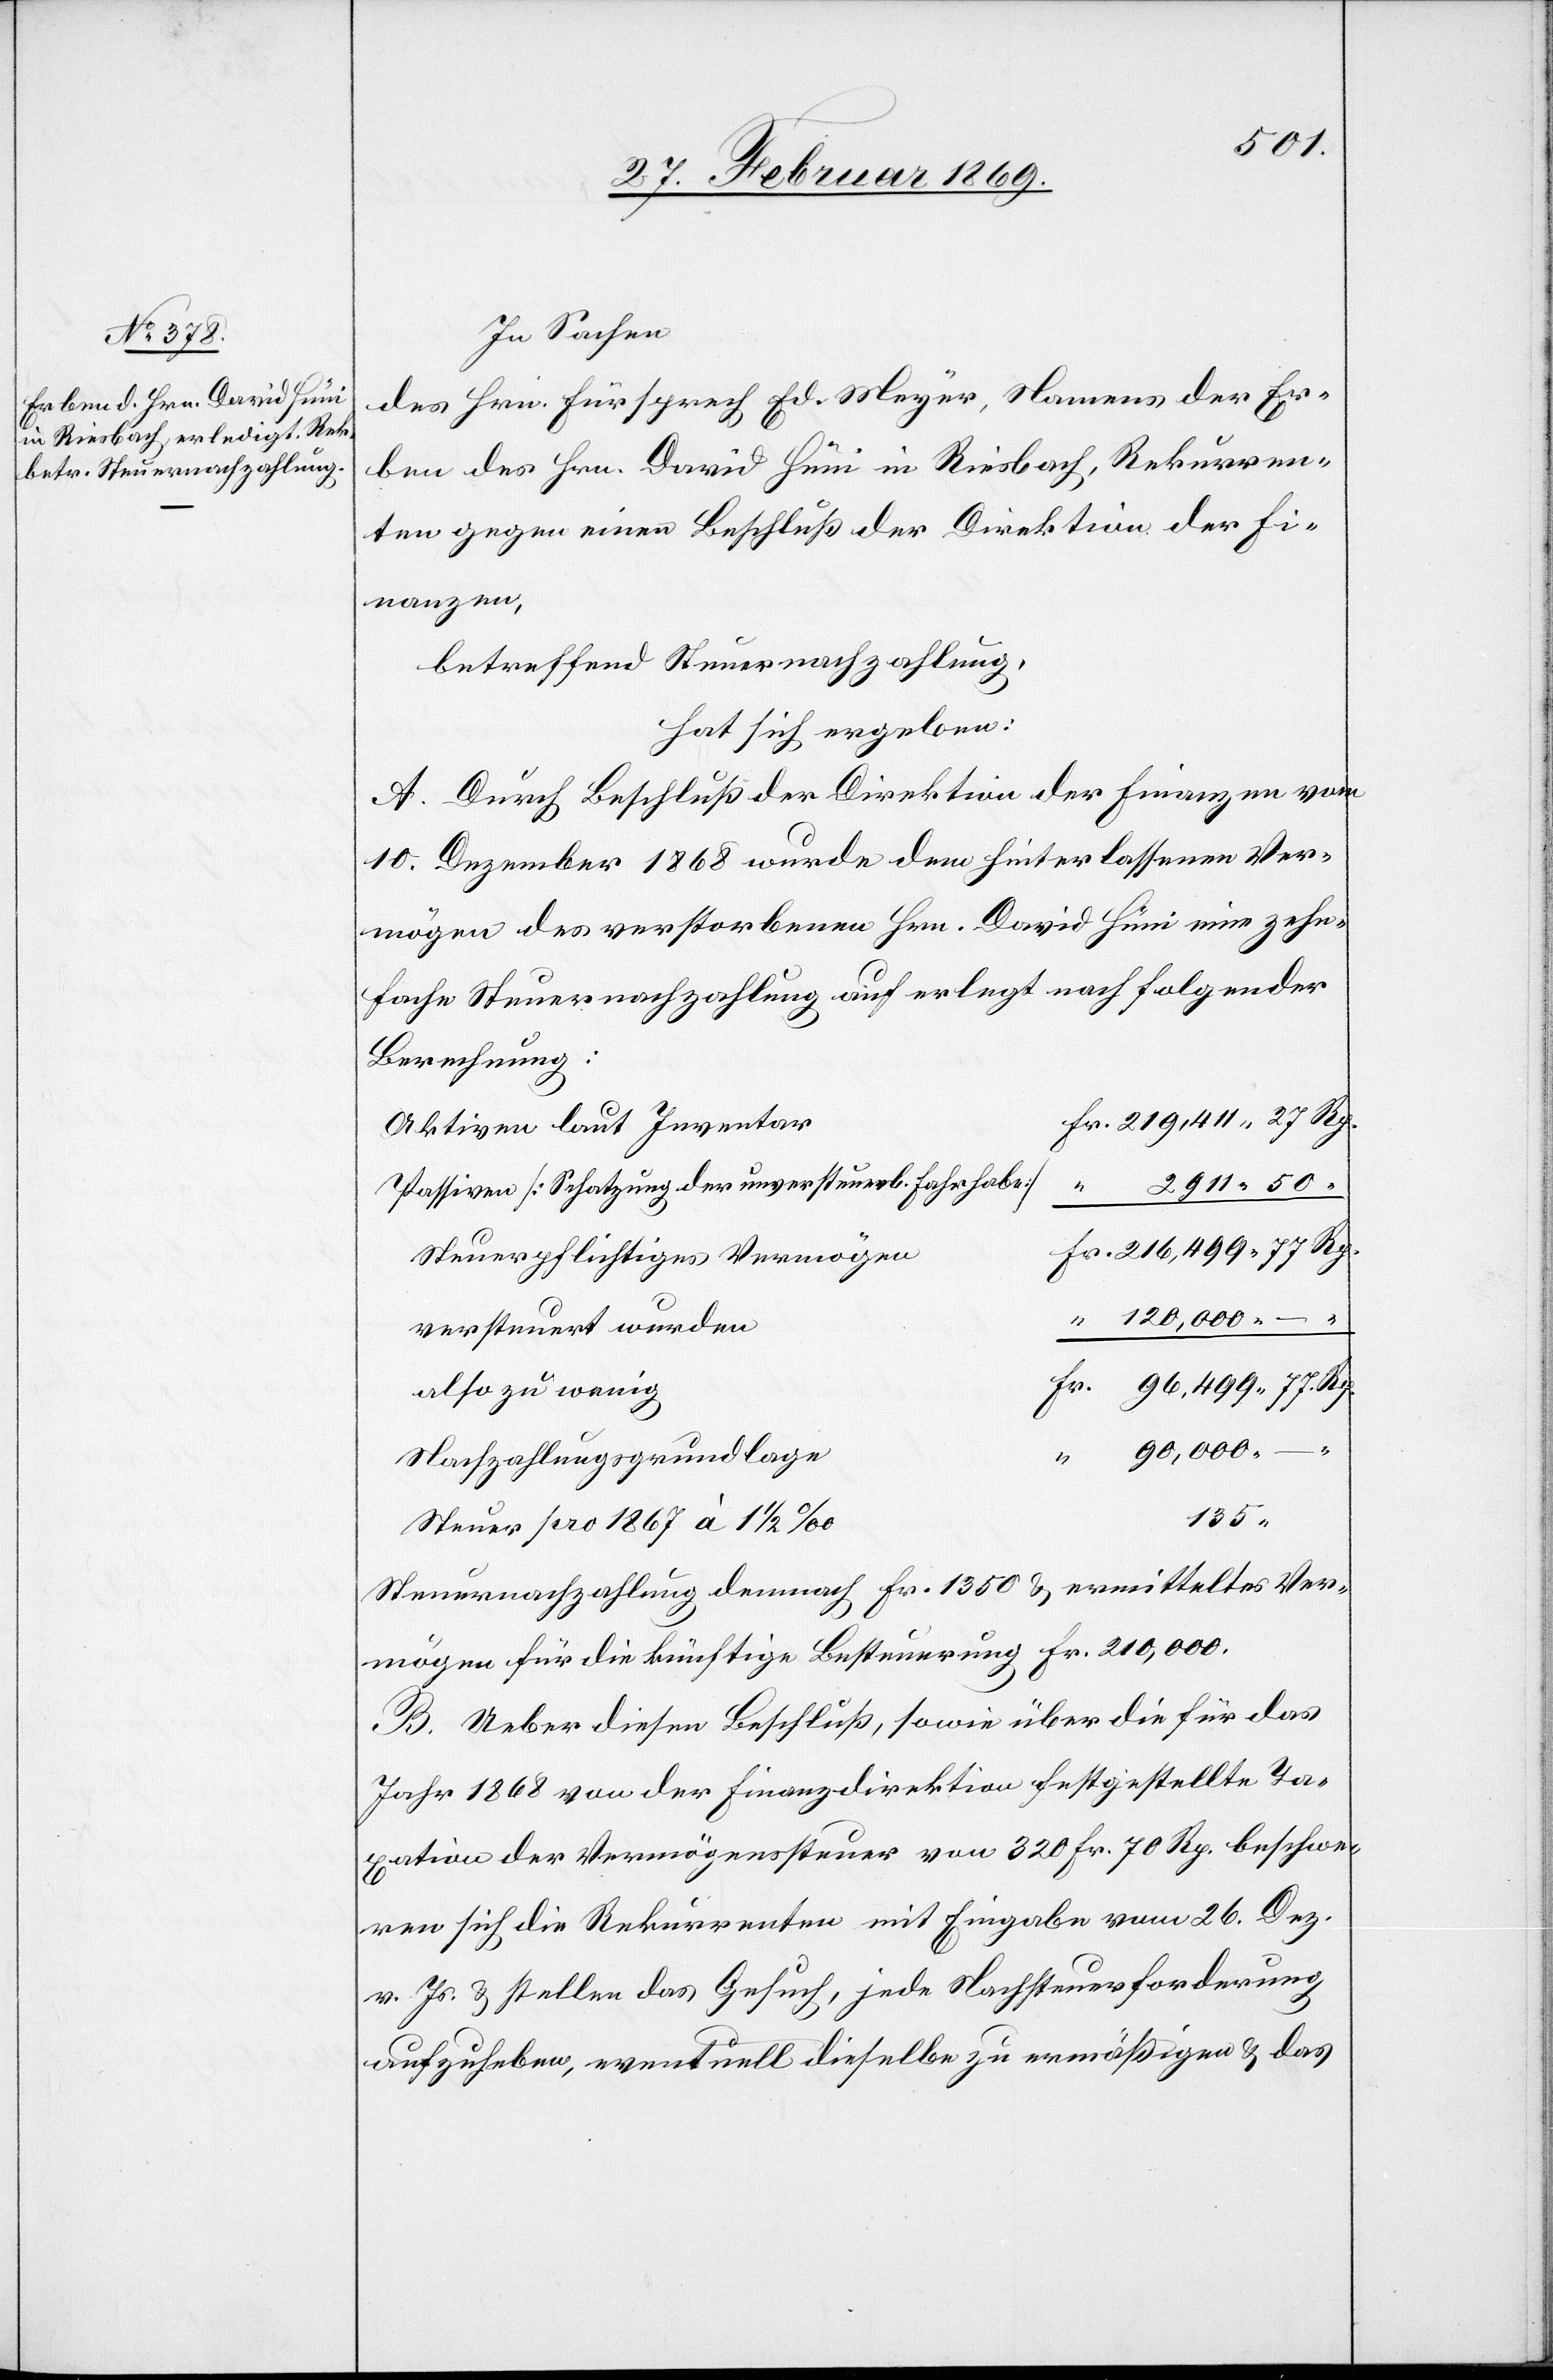
In Sachen
des Hrn. Fürsprech Ed. Meyer, Namens der Er¬
ben des Hrn. David Hüni in Riesbach, Rekurren¬
ten gegen einen Beschluß der Direktion der Fi¬
nanzen,
betreffend Steuernachzahlung,
hat sich ergeben:
A. Durch Beschluß der Direktion der Finanzen vom
10. Dezember 1868 wurde dem hinterlassenen Ver¬
mögen des verstorbenen Hrn. David Hüni vierzehn¬
fache Steuernachzahlung auferlegt nach folgender
Berechnung:
Aktiven laut Inventar
Passiven [Schatzung der unversteuerb. Fahrhabe]
2
Steuerpflichtiges Vermögen
versteuert wurden
also zu wenig
96,
Nachzahlungsgrundlage
1/2
135
Steuer pro 1867 à 1
Steuernachzahlung demnach Fr. 1350 & ermitteltes Ver¬
mögen für die künftige Besteuerung Fr. 210,000.
B. Ueber diesen Beschluß, sowie über die für das
Jahr 1868 von der Finanzdirektion festgestellte Ta¬
xation der Vermögenssteuer von 320 Fr. 70 Rp. beschwe¬
ren sich die Rekurrenten mit Eingabe vom 26. Dez.
v. Js. & stellen das Gesuch, jede Nachsteuerforderung
aufzuheben, eventuell dieselbe zu ermäßigen & das